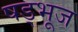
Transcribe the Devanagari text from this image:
षड्भूज